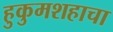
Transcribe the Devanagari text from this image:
हुकुमशहाचा